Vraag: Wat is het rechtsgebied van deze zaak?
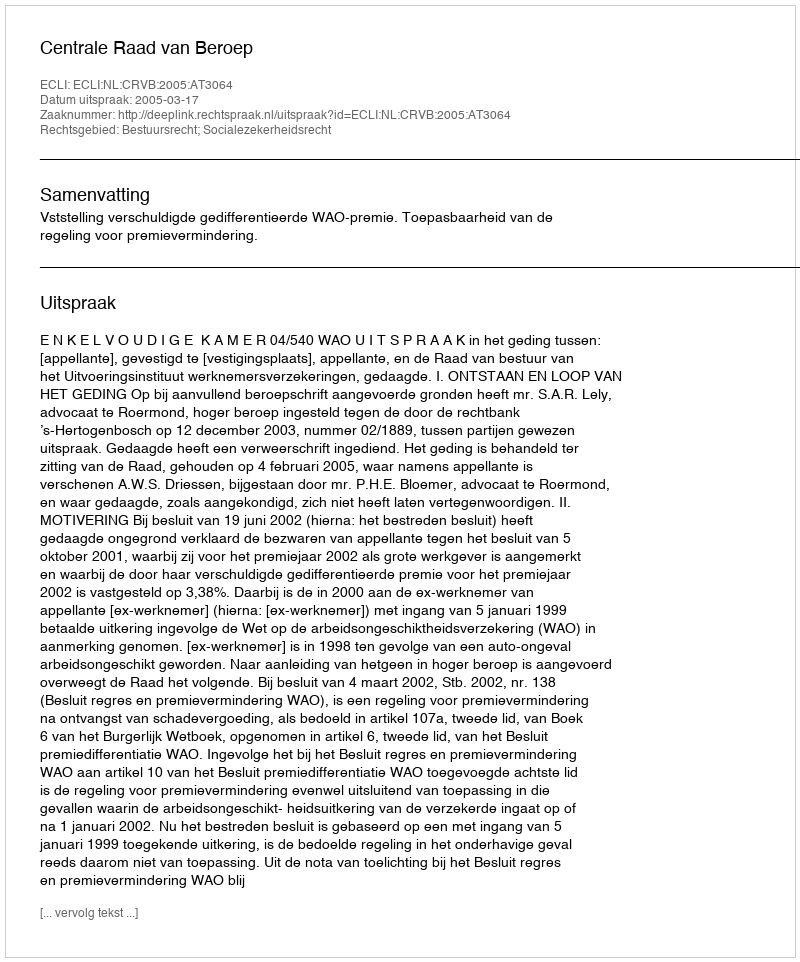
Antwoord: Bestuursrecht; Socialezekerheidsrecht